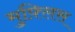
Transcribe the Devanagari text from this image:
मुफ़्लिस